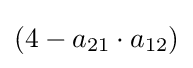
(4-a_{21}\cdot a_{12})